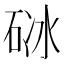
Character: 𥒜